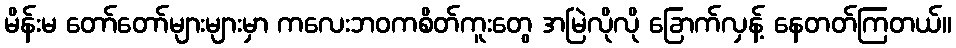
မိန်းမ တော်တော်များများမှာ ကလေးဘဝကစိတ်ကူးတွေ အမြဲလိုလို ခြောက်လှန့် နေတတ်ကြတယ်။